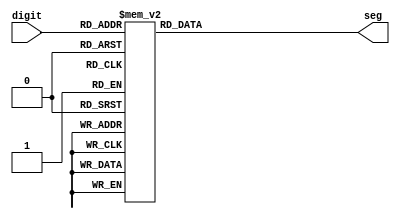
module bcd_to_7seg
(
 input [3:0] 	  digit,
 output reg [6:0] seg
 );
	 
  always @(digit)
   case(digit)
     4'h0:seg = 7'b1000000;
     4'h1:seg = 7'b1111001;
     4'h2:seg = 7'b0100100;
     4'h3:seg = 7'b0110000;
     4'h4:seg = 7'b0011001;
     4'h5:seg = 7'b0010010;
     4'h6:seg = 7'b0000010;
     4'h7:seg = 7'b1111000;
     4'h8:seg = 7'b0000000;
     4'h9:seg = 7'b0010000;
     4'ha:seg = 7'b0001000;
     4'hb:seg = 7'b0000011;
     4'hc:seg = 7'b1000110;
     4'hd:seg = 7'b0100001;
     4'he:seg = 7'b0000110;
     4'hf:seg = 7'b0001110;
   endcase
endmodule